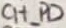
Text: CH_PD